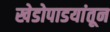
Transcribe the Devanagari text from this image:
खेडोपाडयांतून